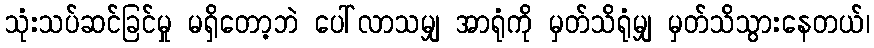
သုံးသပ်ဆင်ခြင်မှု မရှိတော့ဘဲ ပေါ်လာသမျှ အာရုံကို မှတ်သိရုံမျှ မှတ်သိသွားနေတယ်၊